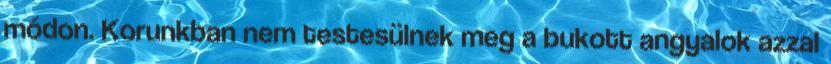
módon. Korunkban nem testesülnek meg a bukott angyalok azzal